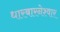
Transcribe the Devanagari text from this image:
धारबारनेश्‍वार